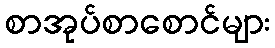
စာအုပ်စာစောင်များ